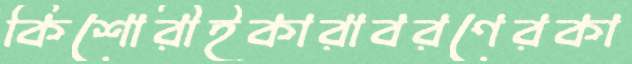
কিশোরীইকারাবরণেরকা